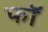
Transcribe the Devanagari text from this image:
फॉ